Bombay plague: being a history of the progress of plague in the Bombay presidency from September 1896 to June 1899
Year: 1896
Disease focus: Plague
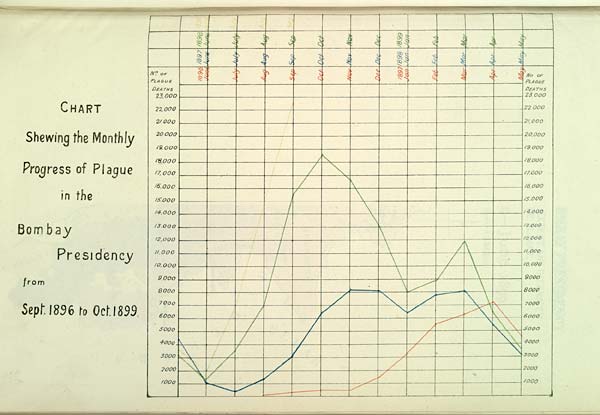
CHART
Shewing the Monthly
Progress of Plague
in the
Bombay
Presidency
from
Sept. 1896 to Oct.1899.